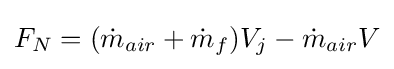
F_{N}=({\dot {m}}_{air}+{\dot {m}}_{f})V_{j}-{\dot {m}}_{air}V